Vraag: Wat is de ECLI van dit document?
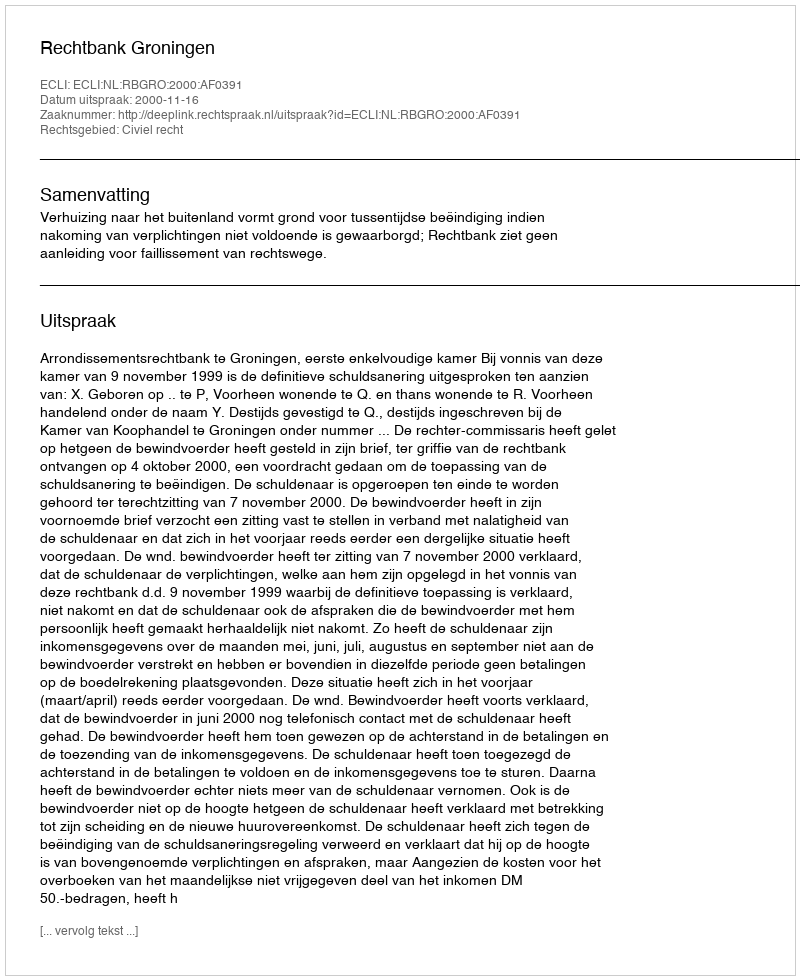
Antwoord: ECLI:NL:RBGRO:2000:AF0391